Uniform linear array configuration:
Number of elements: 64
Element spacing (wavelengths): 0.5
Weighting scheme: hann
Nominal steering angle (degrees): -45
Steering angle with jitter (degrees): -45.06
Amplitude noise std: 0.05
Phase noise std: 0.05

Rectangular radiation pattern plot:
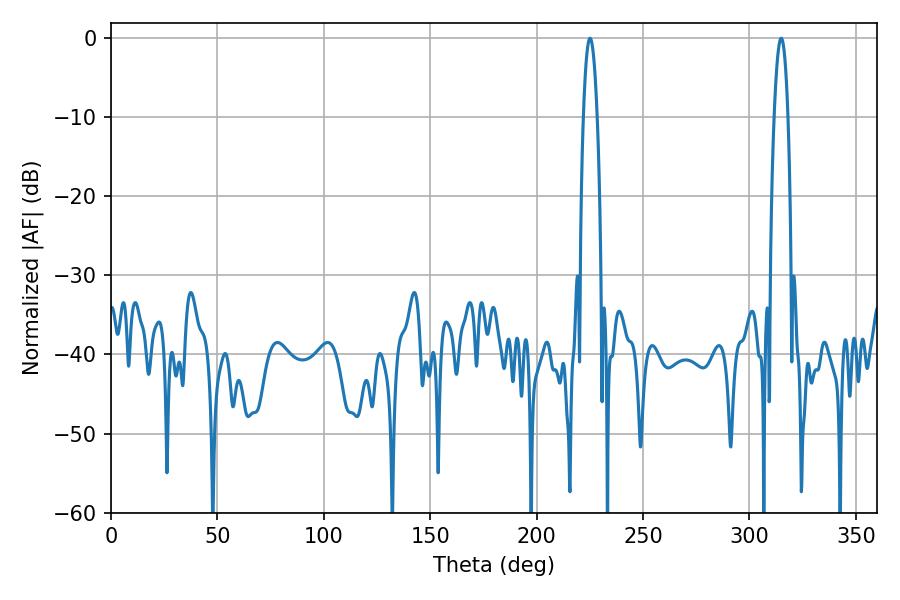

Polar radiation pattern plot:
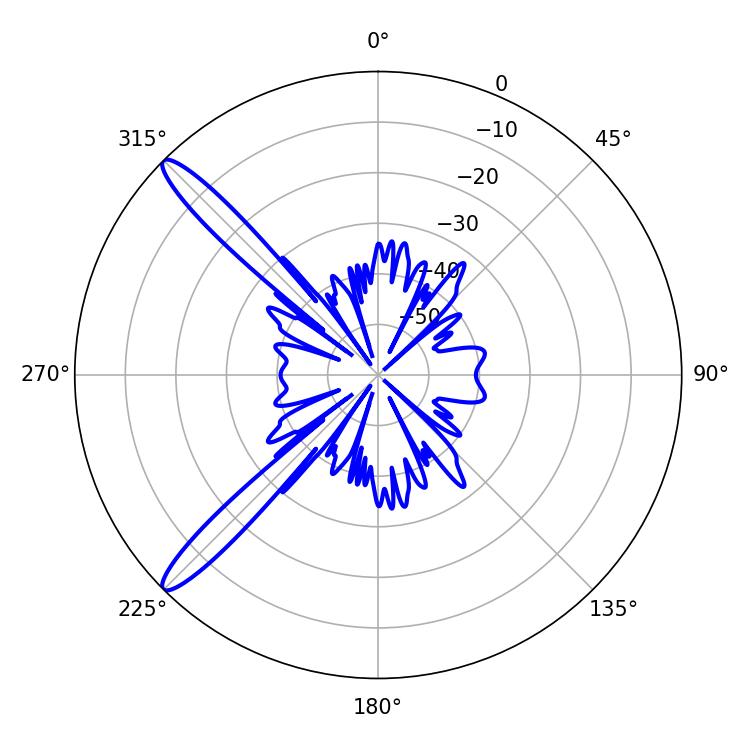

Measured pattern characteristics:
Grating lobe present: FALSE
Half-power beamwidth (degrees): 3.6
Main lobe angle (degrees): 225